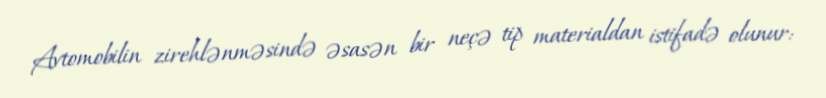
Avtomobilin zirehlənməsində əsasən bir neçə tip materialdan istifadə olunur: